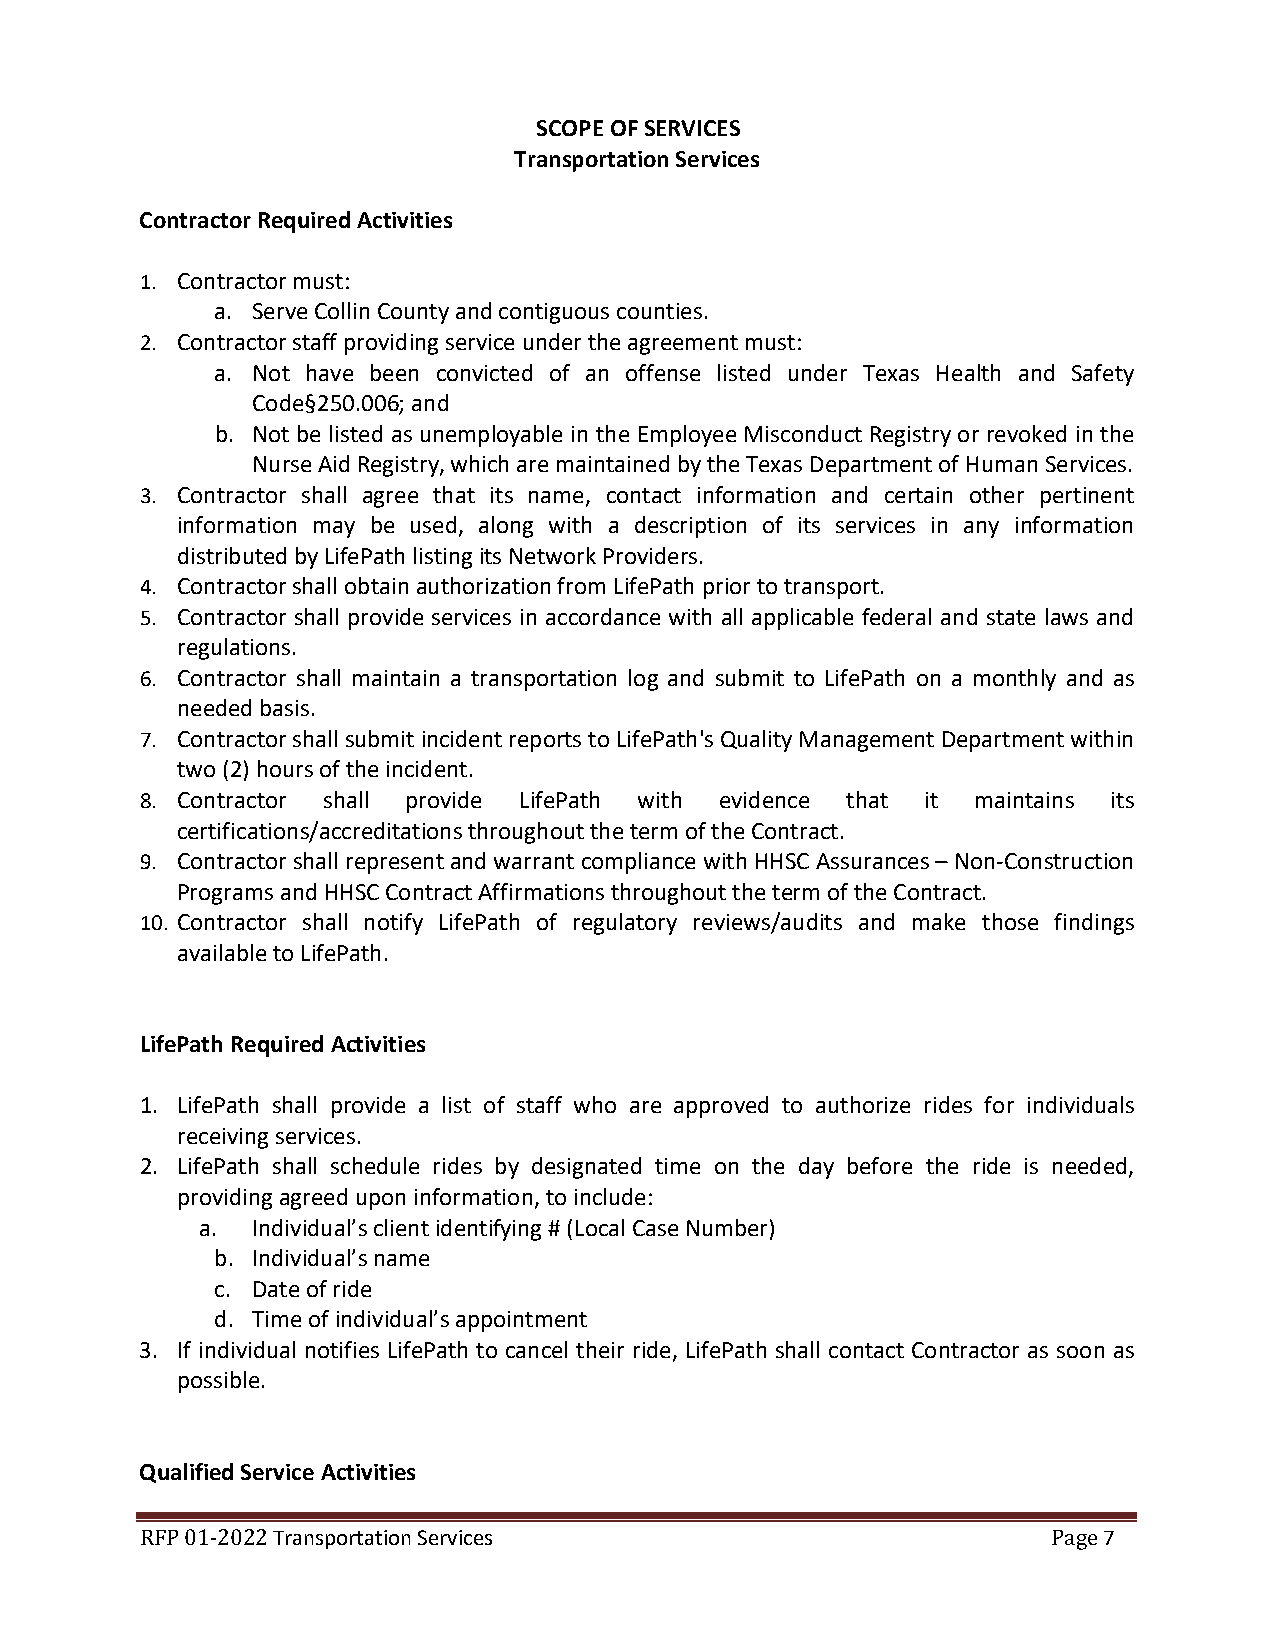
SCOPE OF SERVICES
 Transportation Services
 Contractor Required Activities
 1. Contractor must:
 a. Serve Collin County and contiguous counties.
 2. Contractor staff providing service under the agreement must:
 a. Not have been convicted of an offense listed under Texas Health and Safety
 Code§250.006; and
 b. Not be listed as unemployable in the Employee Misconduct Registry or revoked in the
 Nurse Aid Registry, which are maintained by the Texas Department of Human Services.
 3. Contractor shall agree that its name, contact information and certain other pertinent
 information may be used, along with a description of its services in any information
 distributed by LifePath listing its Network Providers.
 4. Contractor shall obtain authorization from LifePath prior to transport.
 5. Contractor shall provide services in accordance with all applicable federal and state laws and
 regulations.
 6. Contractor shall maintain a transportation log and submit to LifePath on a monthly and as
 needed basis.
 7. Contractor shall submit incident reports to LifePath's Quality Management Department within
 two (2) hours of the incident.
 8. Contractor shall provide LifePath with evidence that it maintains its
 certifications/accreditations throughout the term of the Contract.
 9. Contractor shall represent and warrant compliance with HHSC Assurances – Non-Construction
 Programs and HHSC Contract Affirmations throughout the term of the Contract.
 10. Contractor shall notify LifePath of regulatory reviews/audits and make those findings
 available to LifePath.
 LifePath Required Activities
 1. LifePath shall provide a list of staff who are approved to authorize rides for individuals
 receiving services.
 2. LifePath shall schedule rides by designated time on the day before the ride is needed,
 providing agreed upon information, to include:
 a.  Individual’s client identifying # (Local Case Number)
 b. Individual’s name
 c. Date of ride
 d. Time of individual’s appointment
 3. If individual notifies LifePath to cancel their ride, LifePath shall contact Contractor as soon as
 possible.
 Qualified Service Activities
 Transportation Services                                7
 R FP 01-2022                                                 Page